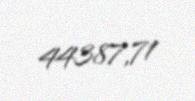
44387,71